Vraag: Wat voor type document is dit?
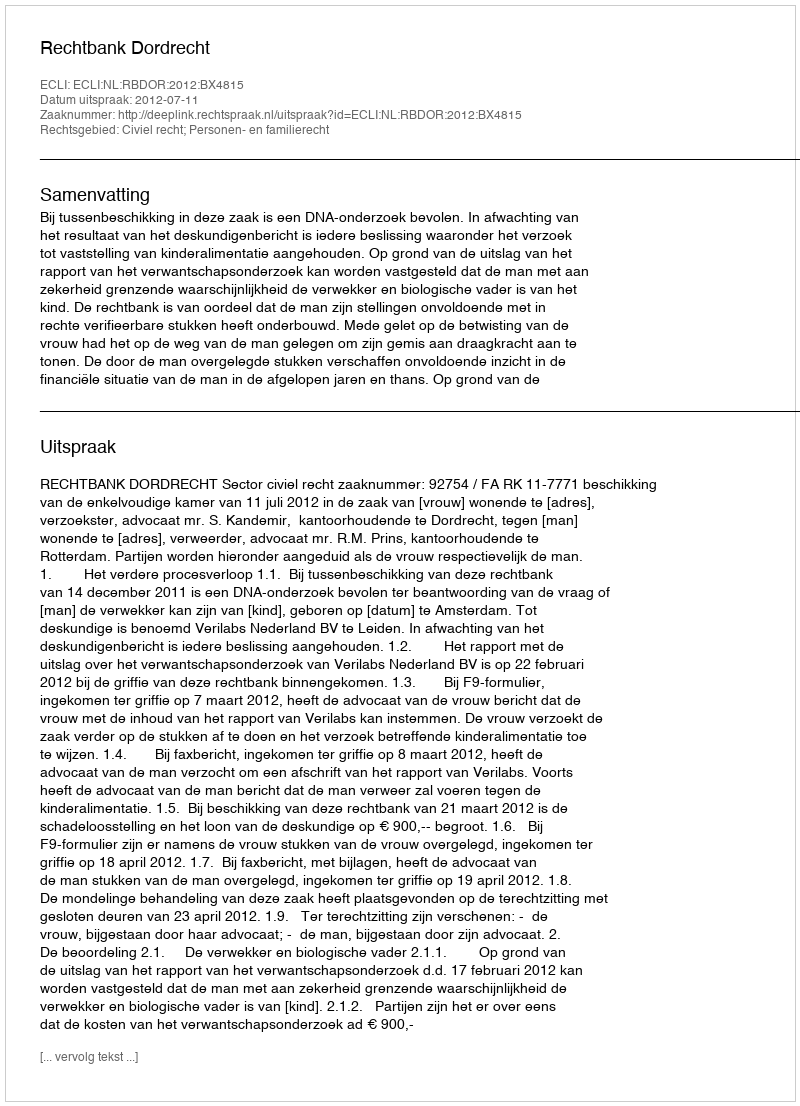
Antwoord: Uitspraak